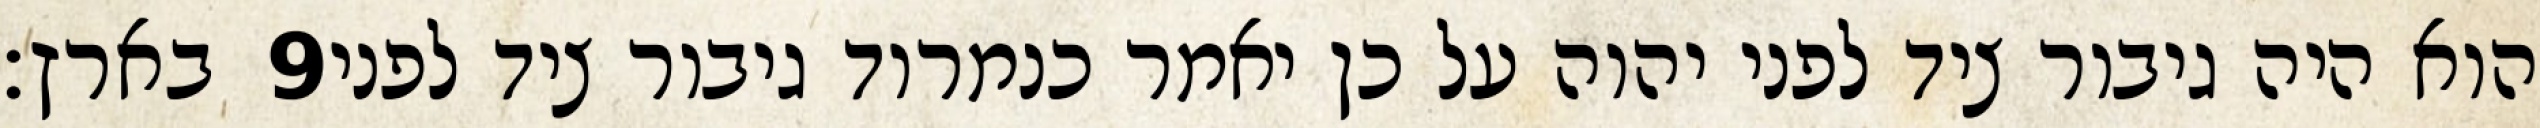
בארץ׃ ‎9‏ הוא היה גיבור ציד לפני יהוה על כן יאמר כנמרוד גיבור ציד לפני